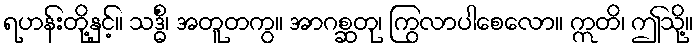
ရဟန်းတို့နှင့်။ သဒ္ဓိံ၊ အတူတကွ။ အာဂစ္ဆတု၊ ကြွလာပါစေလော။ ဣတိ၊ ဤသို့။